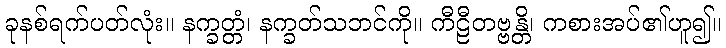
ခုနစ်ရက်ပတ်လုံး။ နက္ခတ္တံ၊ နက္ခတ်သဘင်ကို။ ကီဠီတဗ္ဗန္တိ၊ ကစားအပ်၏ဟူ၍။